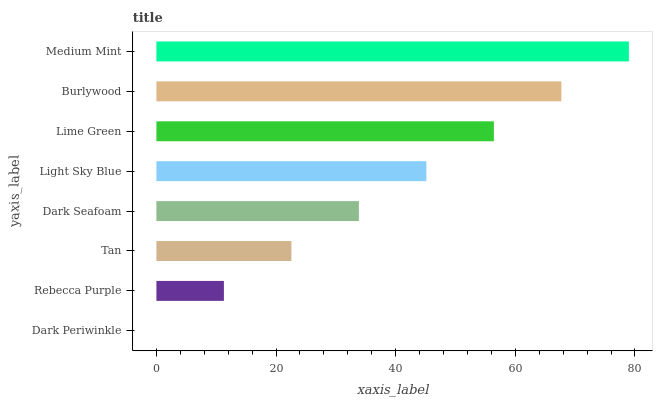
| yaxis_label | bars |
 | --- | --- |
 | Dark Periwinkle | 0 |
 | Rebecca Purple | 11.3 |
 | Tan | 22.6 |
 | Dark Seafoam | 33.9 |
 | Light Sky Blue | 45.1 |
 | Lime Green | 56.4 |
 | Burlywood | 67.7 |
 | Medium Mint | 79 |